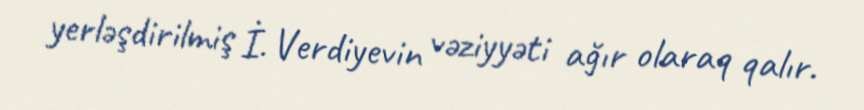
yerləşdirilmiş İ. Verdiyevin vəziyyəti ağır olaraq qalır.